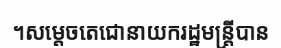
។សម្តេចតេជោនាយករដ្ឋមន្ត្រីបាន